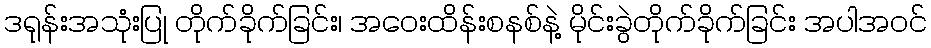
ဒရုန်းအသုံးပြု တိုက်ခိုက်ခြင်း၊ အဝေးထိန်းစနစ်နဲ့ မိုင်းခွဲတိုက်ခိုက်ခြင်း အပါအဝင်